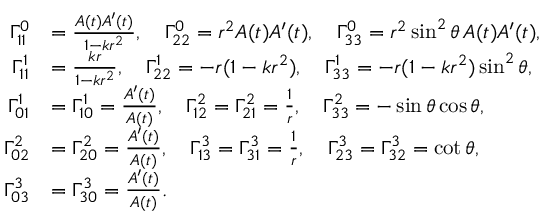
\begin{array} { r l } { \Gamma _ { 1 1 } ^ { 0 } } & { = \frac { A ( t ) A ^ { \prime } ( t ) } { 1 - k r ^ { 2 } } , \quad \Gamma _ { 2 2 } ^ { 0 } = r ^ { 2 } A ( t ) A ^ { \prime } ( t ) , \quad \Gamma _ { 3 3 } ^ { 0 } = r ^ { 2 } \sin ^ { 2 } \theta \, A ( t ) A ^ { \prime } ( t ) , } \\ { \Gamma _ { 1 1 } ^ { 1 } } & { = \frac { k r } { 1 - k r ^ { 2 } } , \quad \Gamma _ { 2 2 } ^ { 1 } = - r ( 1 - k r ^ { 2 } ) , \quad \Gamma _ { 3 3 } ^ { 1 } = - r ( 1 - k r ^ { 2 } ) \sin ^ { 2 } \theta , } \\ { \Gamma _ { 0 1 } ^ { 1 } } & { = \Gamma _ { 1 0 } ^ { 1 } = \frac { A ^ { \prime } ( t ) } { A ( t ) } , \quad \Gamma _ { 1 2 } ^ { 2 } = \Gamma _ { 2 1 } ^ { 2 } = \frac { 1 } { r } , \quad \Gamma _ { 3 3 } ^ { 2 } = - \sin \theta \cos \theta , } \\ { \Gamma _ { 0 2 } ^ { 2 } } & { = \Gamma _ { 2 0 } ^ { 2 } = \frac { A ^ { \prime } ( t ) } { A ( t ) } , \quad \Gamma _ { 1 3 } ^ { 3 } = \Gamma _ { 3 1 } ^ { 3 } = \frac { 1 } { r } , \quad \Gamma _ { 2 3 } ^ { 3 } = \Gamma _ { 3 2 } ^ { 3 } = \cot \theta , } \\ { \Gamma _ { 0 3 } ^ { 3 } } & { = \Gamma _ { 3 0 } ^ { 3 } = \frac { A ^ { \prime } ( t ) } { A ( t ) } . } \end{array}